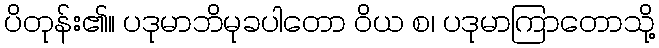
ပိတုန်း၏။ ပဒုမာဘိမုခပါတော ဝိယ စ၊ ပဒုမာကြာတောသို့